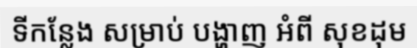
ទីកន្លែង សម្រាប់ បង្ហាញ អំពី សុខដុម